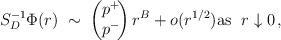
LaTeX: \begin{align*} S_D^{-1}\Phi(r)\;\sim\;\begin{pmatrix} p^+\! \\ p^-\!\end{pmatrix} r^B+o(r^{1/2})\textrm{as }\;r\downarrow 0\,, \end{align*}